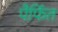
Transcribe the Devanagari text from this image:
पैर्फित